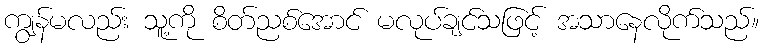
ကျွန်မလည်း သူ့ကို စိတ်ညစ်အောင် မလုပ်ချင်သဖြင့် အသာနေလိုက်သည်။